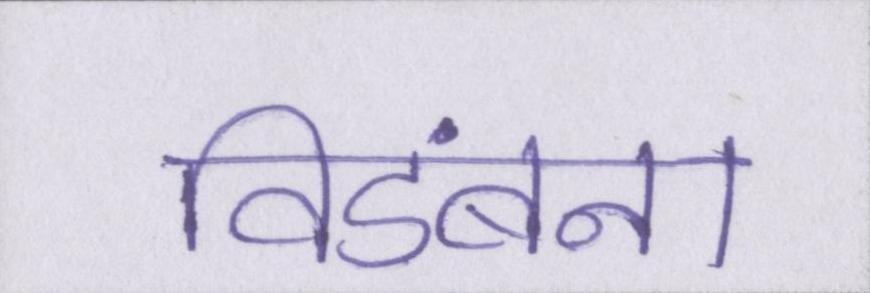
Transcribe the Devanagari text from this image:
विडंबना